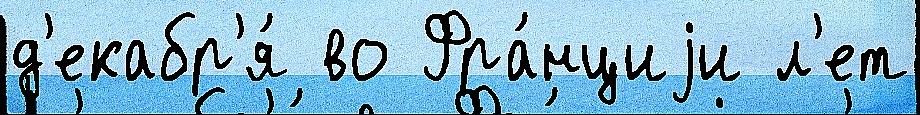
д'екабр'я́ во Фра́нциjи л'ет